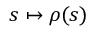
s \mapsto \rho ( s )